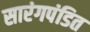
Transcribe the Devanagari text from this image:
सारंगपंडित